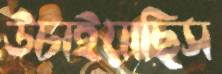
উচাইয়াছিস